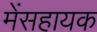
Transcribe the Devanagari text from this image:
मेंसहायक